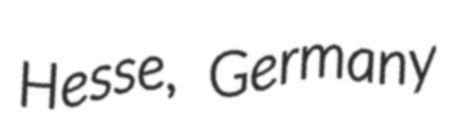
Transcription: Hesse, Germany